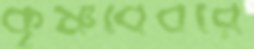
কৃষ্ণবিবরে